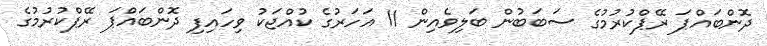
ދޮންބައްޕަ ރޭޕްކުރުމުގެ ސަބަބުން ބަލިވެއިން 11 އަހަރުގެ ކުއްޖަކު ވިހައިފި ދޮންބައްޕަ ރޭޕްކުރުމުގެ